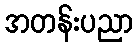
အတန်းပညာ